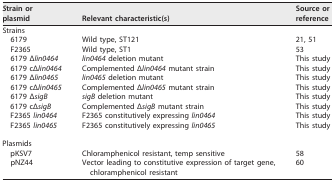
<table><thead><tr><td><b><i>S</i>train or plasmid</b></td><td><b>Relevant characteristic(s)</b></td><td><b>Source or reference</b></td></tr></thead><tbody><tr><td>Strains</td><td></td><td></td></tr><tr><td>6179</td><td>Wild type, ST121</td><td>21, 51</td></tr><tr><td>F2365</td><td>Wild type, ST1</td><td>53</td></tr><tr><td>6179 Δ<i>lin0464</i></td><td><i>lin0464</i> deletion mutant</td><td>This study</td></tr><tr><td>6179 cΔ<i>lin0464</i></td><td>Complemented Δ<i>lin0464</i> mutant strain</td><td>This study</td></tr><tr><td>6179 Δ<i>lin0465</i></td><td><i>lin0465</i> deletion mutant</td><td>This study</td></tr><tr><td>6179 cΔ<i>lin0465</i></td><td>Complemented Δ<i>lin0465</i> mutant strain</td><td>This study</td></tr><tr><td>6179 Δ<i>sigB</i></td><td><i>sigB</i> deletion mutant</td><td>This study</td></tr><tr><td>6179 cΔ<i>sigB</i></td><td>Complemented Δ<i>sigB</i> mutant strain</td><td>This study</td></tr><tr><td>F2365 <i>lin0464</i></td><td>F2365 constitutively expressing <i>lin0464</i></td><td>This study</td></tr><tr><td>F2365 <i>lin0465</i></td><td>F2365 constitutively expressing <i>lin0465</i></td><td>This study</td></tr><tr><td>Plasmids</td><td></td><td></td></tr><tr><td>pKSV7</td><td>Chloramphenicol resistant, temp sensitive</td><td>58</td></tr><tr><td>pNZ44</td><td>Vector leading to constitutive expression of target gene, chloramphenicol resistant</td><td>60</td></tr></tbody></table>